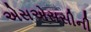
એસએસસીની